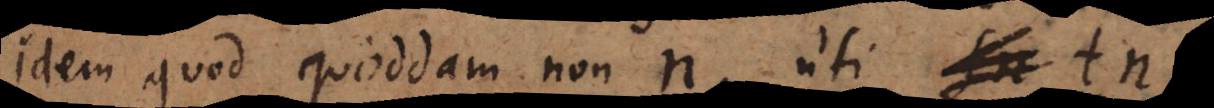
idem quod quoddam non n, uti tn